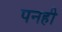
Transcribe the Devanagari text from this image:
पनही